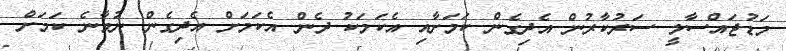
މަޑުޖައްސާލީ ސަރުކާރުން އެދިގެން ކަމަށާއި އެކަމަކު ދެން އެކަމަށް އެދިގެން ނުވާނެ ކަމަށް